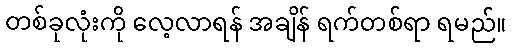
တစ်ခုလုံးကို လေ့လာရန် အချိန် ရက်တစ်ရာ ရမည်။